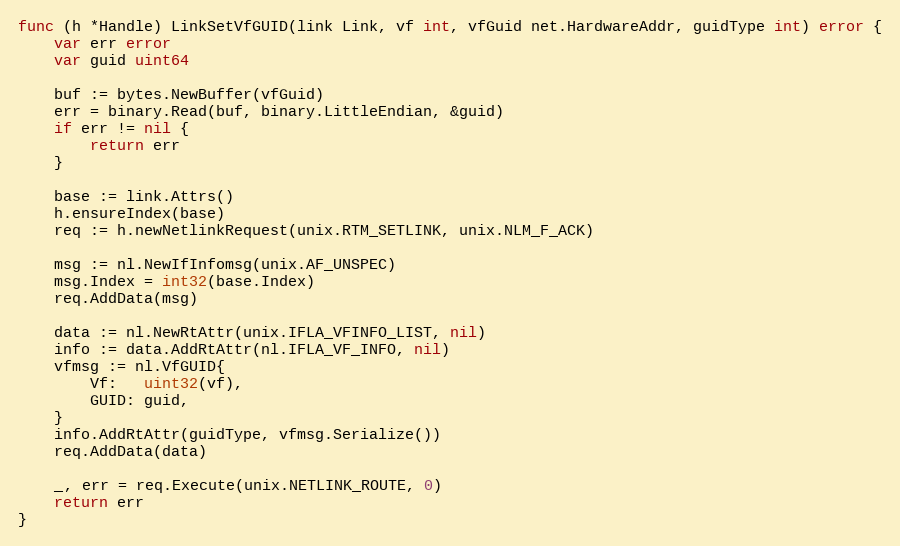
Language: Go
func (h *Handle) LinkSetVfGUID(link Link, vf int, vfGuid net.HardwareAddr, guidType int) error {
	var err error
	var guid uint64

	buf := bytes.NewBuffer(vfGuid)
	err = binary.Read(buf, binary.LittleEndian, &guid)
	if err != nil {
		return err
	}

	base := link.Attrs()
	h.ensureIndex(base)
	req := h.newNetlinkRequest(unix.RTM_SETLINK, unix.NLM_F_ACK)

	msg := nl.NewIfInfomsg(unix.AF_UNSPEC)
	msg.Index = int32(base.Index)
	req.AddData(msg)

	data := nl.NewRtAttr(unix.IFLA_VFINFO_LIST, nil)
	info := data.AddRtAttr(nl.IFLA_VF_INFO, nil)
	vfmsg := nl.VfGUID{
		Vf:   uint32(vf),
		GUID: guid,
	}
	info.AddRtAttr(guidType, vfmsg.Serialize())
	req.AddData(data)

	_, err = req.Execute(unix.NETLINK_ROUTE, 0)
	return err
}